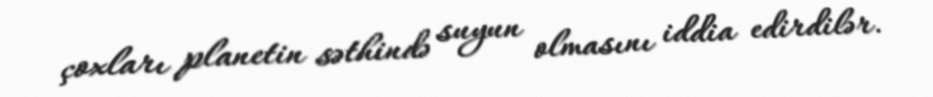
çoxları planetin səthində suyun olmasını iddia edirdilər.